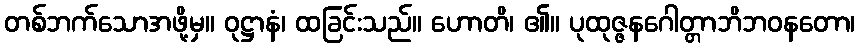
တစ်ဘက်သောအဖို့မှ။ ဝုဋ္ဌာနံ၊ ထခြင်းသည်။ ဟောတိ၊ ၏။ ပုထုဇ္ဇနဂေါတ္တာဘိဘဝနတော၊